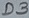
Text: D3